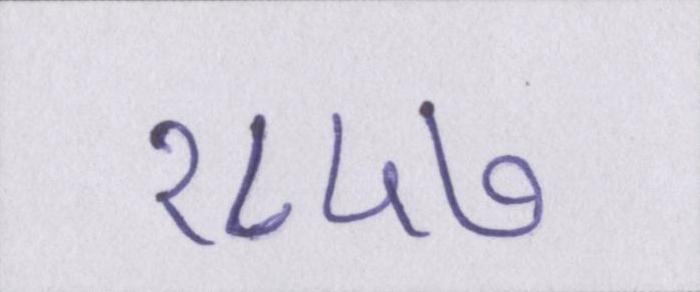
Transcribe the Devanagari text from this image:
१८५७